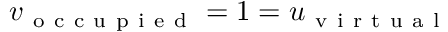
v _ { \mathrm { ~ o ~ c ~ c ~ u ~ p ~ i ~ e ~ d ~ } } = 1 = u _ { \mathrm { ~ v ~ i ~ r ~ t ~ u ~ a ~ l ~ } }